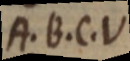
A. B. C. V